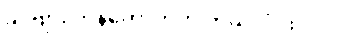
ခင်ဗျား ဘန်ကောက်ကို ဘယ်လို ထင်လဲ။